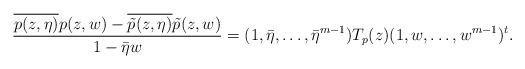
LaTeX: \begin{align*}\frac{\overline{p(z,\eta)}p(z,w)-\overline{\tilde{p}(z,\eta)}\tilde{p}(z,w)}{1-\bar{\eta} w} = (1,\bar{\eta},\dots,\bar{\eta}^{m-1})T_p(z) (1,w,\dots, w^{m-1})^t.\end{align*}